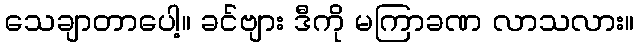
သေချာတာပေါ့။ ခင်ဗျား ဒီကို မကြာခဏ လာသလား။